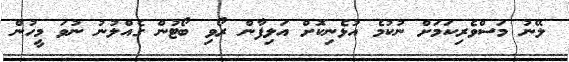
ލޭނު މަސްވެރިކަމަށް ނުކުމެ އުޅެނިކޮށް އަލިފާން ރޯވި ބޯޓުން ގެއްލުނު ނުވަ މީހުން